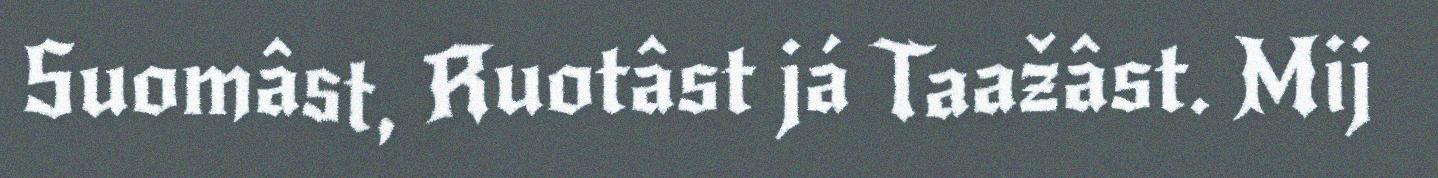
Suomâst, Ruotâst já Taažâst. Mij